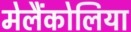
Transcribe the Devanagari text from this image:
मेलैंकोलिया